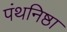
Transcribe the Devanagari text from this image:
पंथनिष्ठा